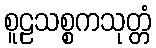
စူဠသစ္စကသုတ္တံ